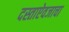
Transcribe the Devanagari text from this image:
दस्ताऐवजाचा